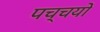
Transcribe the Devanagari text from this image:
पच्चयों